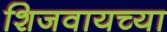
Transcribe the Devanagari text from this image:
शिजवायच्या